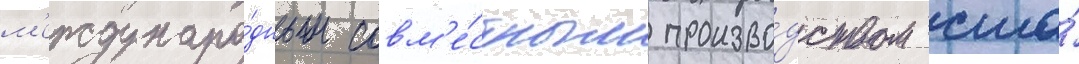
м'еждунаро́дным совм'е́стным произво́дством сша́